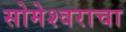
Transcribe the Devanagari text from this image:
सोमेश्वराचा